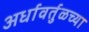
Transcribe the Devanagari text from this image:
अर्धावर्तुळच्या